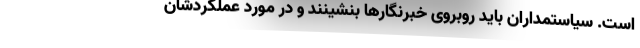
است. سیاستمداران باید روبروی خبرنگارها بنشینند و در مورد عملکردشان